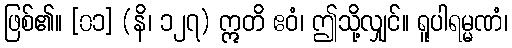
ဖြစ်၏။ [၀၁] (နိ၊ ၁၂၇) ဣတိ ဧဝံ၊ ဤသို့လျှင်။ ရူပါရမ္မဏံ၊